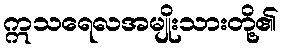
ဣသရေလအမျိုးသားတို့၏